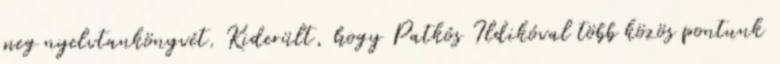
meg nyelvtankönyvét. Kiderült, hogy Patkós Ildikóval több közös pontunk